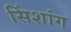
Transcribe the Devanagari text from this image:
सिंशांग